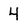
Character: 4